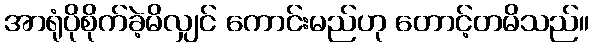
အာရုံပိုစိုက်ခဲ့မိလျှင် ကောင်းမည်ဟု တောင့်တမိသည်။